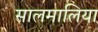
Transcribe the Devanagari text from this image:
सालमालिया